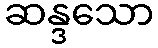
ဆန္ဒသော